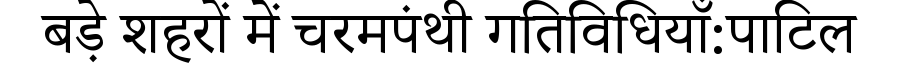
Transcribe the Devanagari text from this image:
बड़े शहरों में चरमपंथी गतिविधियाँ:पाटिल